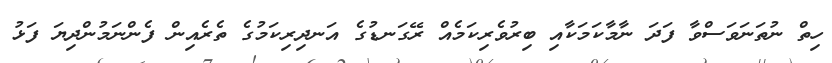
ހިތް ނުތަނަވަސްވާ ފަދަ ނާމާކަމަކާއި ބިރުވެރިކަމެއް ރޭގަނޑުގެ އަނދިރިކަމުގެ ތެރެއިން ފެންނަމުންދިޔަ ފަޅު